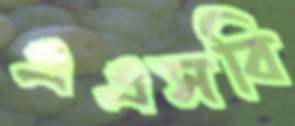
এএসবি